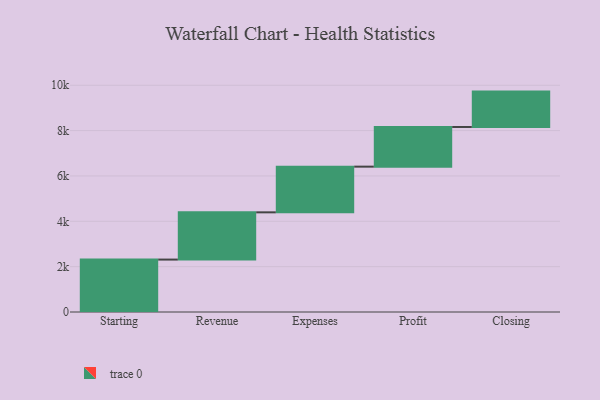
{"axis": {"x": "Step", "y": "Value"}, "legend": [""], "data": [{"x": "Starting", "y": 2312.0, "type": ""}, {"x": "Revenue", "y": 2083.0, "type": ""}, {"x": "Expenses", "y": 2015.0, "type": ""}, {"x": "Profit", "y": 1750.0, "type": ""}, {"x": "Closing", "y": 1560.0, "type": ""}]}